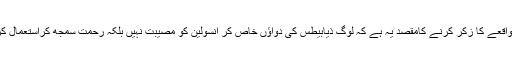
اس واقعے کا زکر کرنے کامقصد یہ ہے کہ لوگ ذیابیطس کی دواؤں خاص کر انسولین کو مصیبت نہیں بلکہ رحمت سمجھ کراستعمال کریں۔